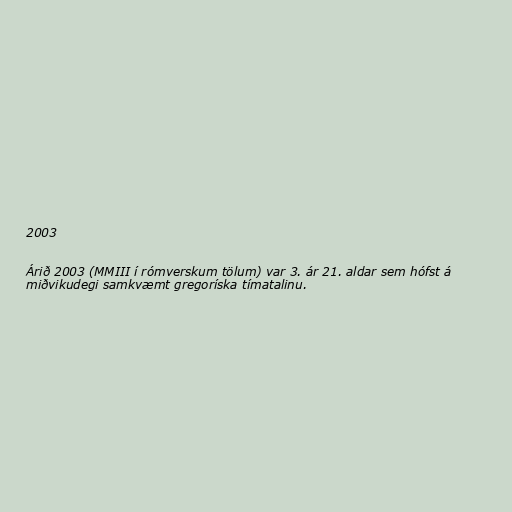
2003

Árið 2003 (MMIII í rómverskum tölum) var 3. ár 21. aldar sem hófst á
miðvikudegi samkvæmt gregoríska tímatalinu.